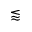
\lessapprox